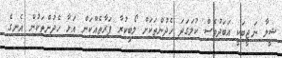
ޝީލާ ނަޖީބަކީ އަބަދުވެސް ކުލަގަދަ ހެދުންތަކަށް ލޯބިކުރާ ފަރާތެއްކަން އަޅާ ހެދުންތަކުން އެނގެ